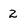
Character: 2